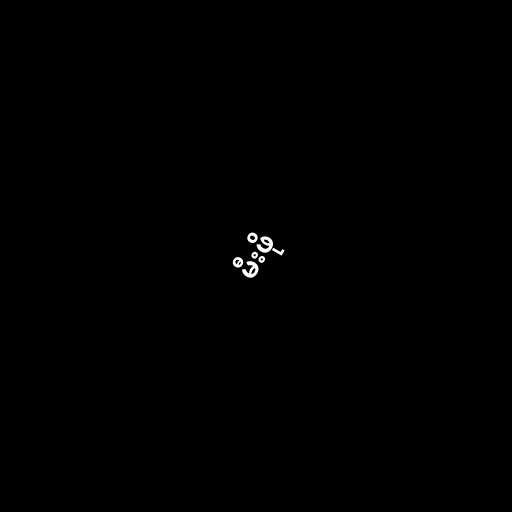
မီးဖို